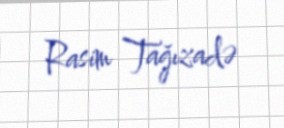
Rasim Tağızadə